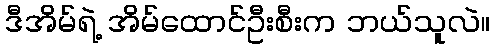
ဒီအိမ်ရဲ့ အိမ်ထောင်ဦးစီးက ဘယ်သူလဲ။